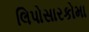
લિપોસારકોમા